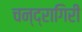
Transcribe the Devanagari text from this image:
चन्द्रागिरी